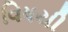
વિષયી